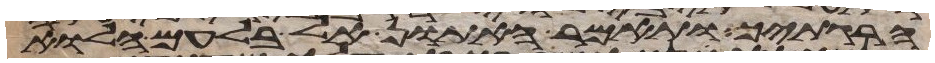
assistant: הרגתיך ותאמר האתון אל בלעם הלוא